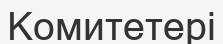
Комитетері